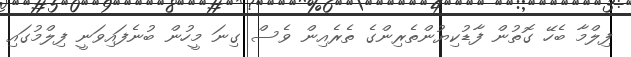
ފިލްމާ ބެހޭ ގޮތުން ފާޑުކިޔުންތެރިންގެ ތެރެއިން ވެސް ގިނަ މީހުން ބުނެފައިވަނީ ފިލްމުގައި